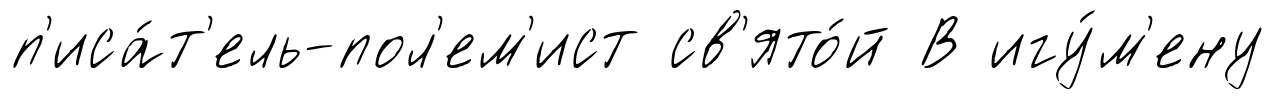
п'иса́т'ель-пол'ем'ист св'ято́й В игу́м'ену